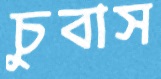
চুবাস